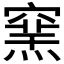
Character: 𥧳